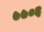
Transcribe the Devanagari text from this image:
७७०६